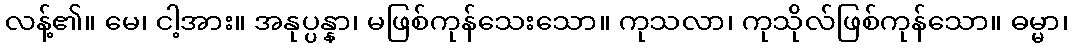
လန့်၏။ မေ၊ ငါ့အား။ အနုပ္ပန္နာ၊ မဖြစ်ကုန်သေးသော။ ကုသလာ၊ ကုသိုလ်ဖြစ်ကုန်သော။ ဓမ္မာ၊